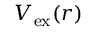
V _ { \mathrm { e x } } ( r )